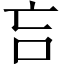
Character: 吂